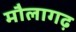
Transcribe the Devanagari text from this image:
मौलागढ़